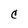
Character: C